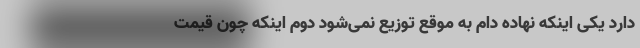
دارد یکی اینکه نهاده دام به موقع توزیع نمی‌شود دوم اینکه چون قیمت